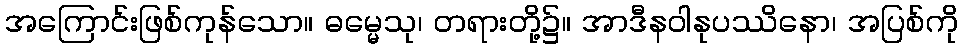
အကြောင်းဖြစ်ကုန်သော။ ဓမ္မေသု၊ တရားတို့၌။ အာဒီနဝါနုပဿိနော၊ အပြစ်ကို